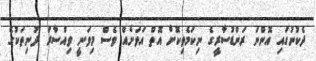
ދެކުނުގައި އޮންނަ ރަންޑުސާރީގެ ނިކަމެތިކޮށް އޮތް އަވަށެއް ވެސް މިވަނީ ވިއްސާރަ ދުނިތަކުގެ